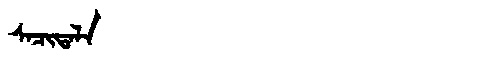
Manchu: ᠰᠠᠴᡳᡨᠠᠯᠠ
Romanization: SACITALA